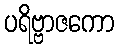
ပရိဗ္ဗာဇကော